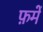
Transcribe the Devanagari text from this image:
फ़में